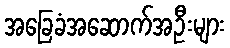
အခြေခံအဆောက်အဦးများ